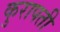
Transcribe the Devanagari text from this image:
कुरापती